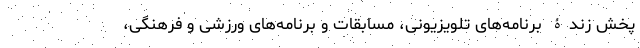
پخش زندۀ برنامه‌های تلویزیونی، مسابقات و برنامه‌های ورزشی و فرهنگی،